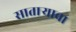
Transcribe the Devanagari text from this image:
साताऱ्याचा